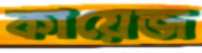
কায়েজ